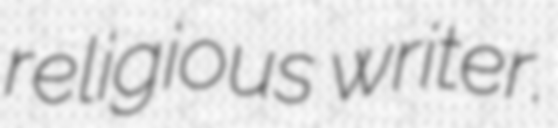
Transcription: religious writer.